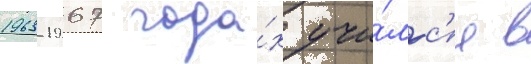
1963-1967 года́х учи́лс'я в